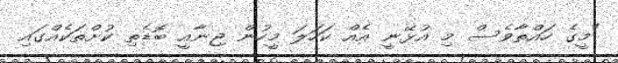
"މީގެ ހައްތާވެސް މި އުޅޭނީ އެއް ކަހަލަ މީހުން ޖިނާއީ ބޮޑެތި ކުށްތަކެއްގައި